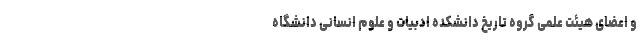
و اعضای هیئت علمی گروه تاریخ دانشکده ادبیات و علوم انسانی دانشگاه